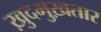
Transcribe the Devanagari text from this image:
ख़ुदमुख़तार